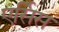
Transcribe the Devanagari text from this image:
एर्सिस